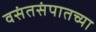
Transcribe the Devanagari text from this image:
वसंतसंपातच्या